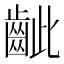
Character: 齜